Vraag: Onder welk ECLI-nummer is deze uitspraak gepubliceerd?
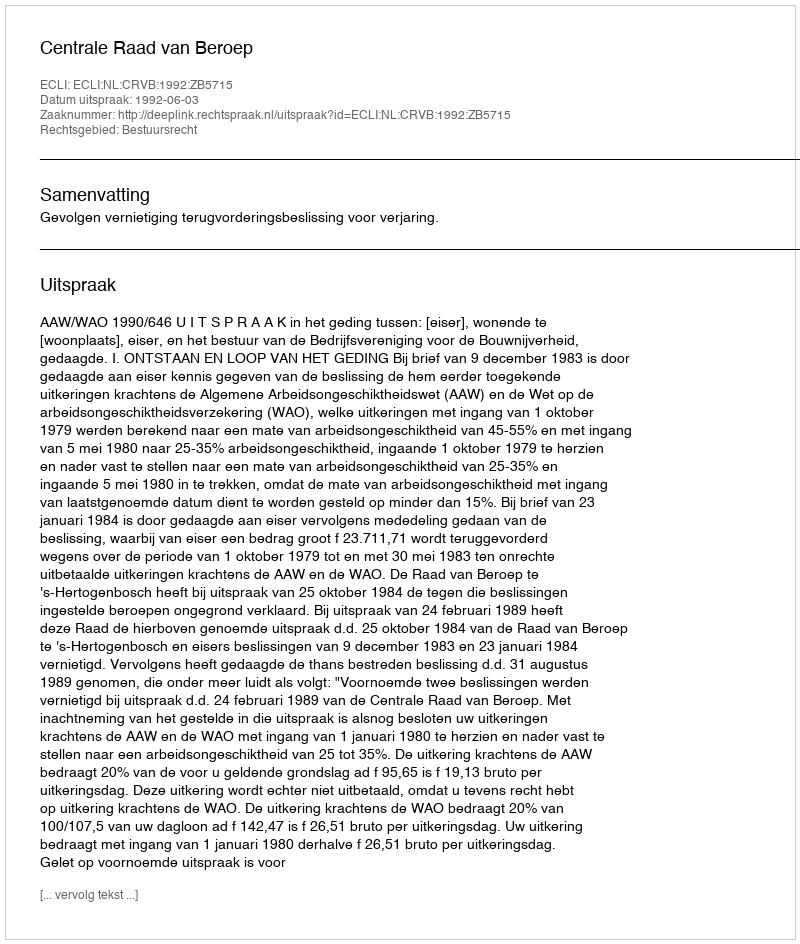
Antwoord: ECLI:NL:CRVB:1992:ZB5715